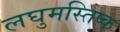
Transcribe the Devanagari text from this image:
लघुमस्तिष्क